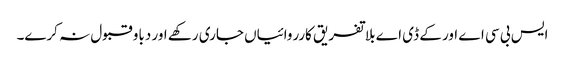
ایس بی سی اے اور کے ڈی اے بلا تفریق کارروائیاں جاری رکھے اور دباو قبول نہ کرے۔